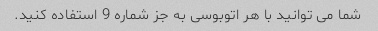
شما می توانید با هر اتوبوسی به جز شماره 9 استفاده کنید.